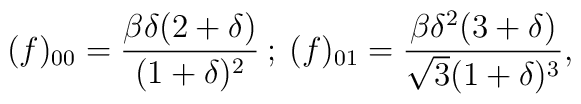
(f)_{00} = \frac{\beta \delta (2 + \delta )}{(1 + \delta )^{2}} \: ; \:(f)_{01} = \frac{\beta \delta^{2} (3 + \delta )}{\sqrt{3} (1 + \delta )^{3}},